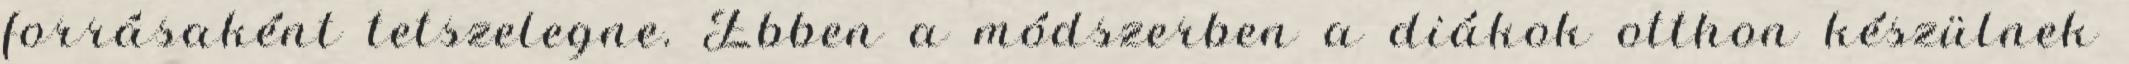
forrásaként tetszelegne. Ebben a módszerben a diákok otthon készülnek